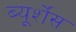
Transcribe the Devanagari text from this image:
ब्यूर्शेंस